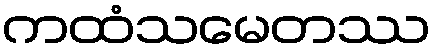
ကထံသမေတဿ